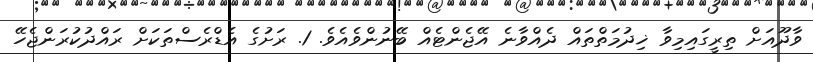
ވާދޫއަށް ތިރީގައިމިވާ ޚިދުމަތްތައް ދެއްވާނެ އޭޖެންޓެއް ބޭނުންވެއެވެ. 1. ރަށުގެ އެޑްރެސްތަކަށް ރައްދުކުރަންޖެހޭ